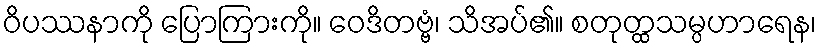
ဝိပဿနာကို ပြောကြားကို။ ဝေဒိတဗ္ဗံ၊ သိအပ်၏။ စတုတ္ထသမ္ပဟာရေန၊